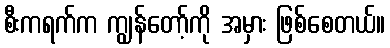
စီးကရက်က ကျွန်တော့်ကို အမှား ဖြစ်စေတယ်။